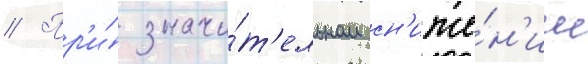
// Пр'и́ значи́т'ельном сн'иже́н'ии